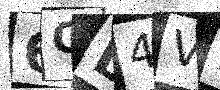
Text: 6QL4VD